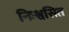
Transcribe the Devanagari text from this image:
निःश्वसित